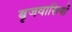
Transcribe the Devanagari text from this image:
बृजवासियों